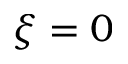
\xi = 0